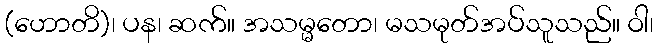
(ဟောတိ)၊ ပန၊ ဆက်။ အသမ္မတော၊ မသမုတ်အပ်သူသည်။ ဝါ၊